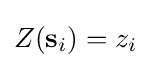
Z(\mathbf {s} _{i})=z_{i}